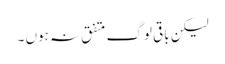
لیکن باقی لوگ متفق نہ ہوں ۔